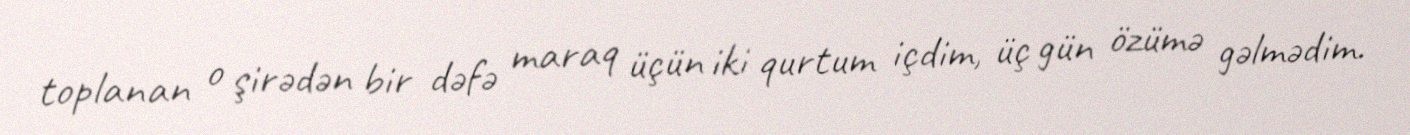
toplanan o şirədən bir dəfə maraq üçün iki qurtum içdim, üç gün özümə gəlmədim.